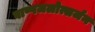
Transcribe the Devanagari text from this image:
वाष्पजलोत्सर्जन